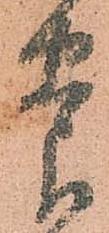
養